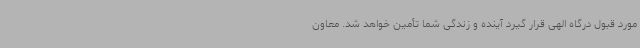
مورد قبول درگاه الهی قرار گیرد آینده و زندگی شما تأمین خواهد شد. معاون